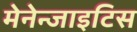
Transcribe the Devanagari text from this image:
मेनेन्जाइटिस